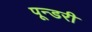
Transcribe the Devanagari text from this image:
पून्डरी